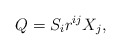
\begin{align*}Q=S_ir^{ij}X_j,\end{align*}